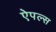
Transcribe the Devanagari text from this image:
ऐपल्स